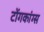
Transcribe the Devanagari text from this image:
टोंगकांग्स